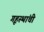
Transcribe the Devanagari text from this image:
गृहस्थांची